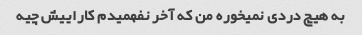
به هیچ دردی نمیخوره من که آخر نفهمیدم کاراییش چیه